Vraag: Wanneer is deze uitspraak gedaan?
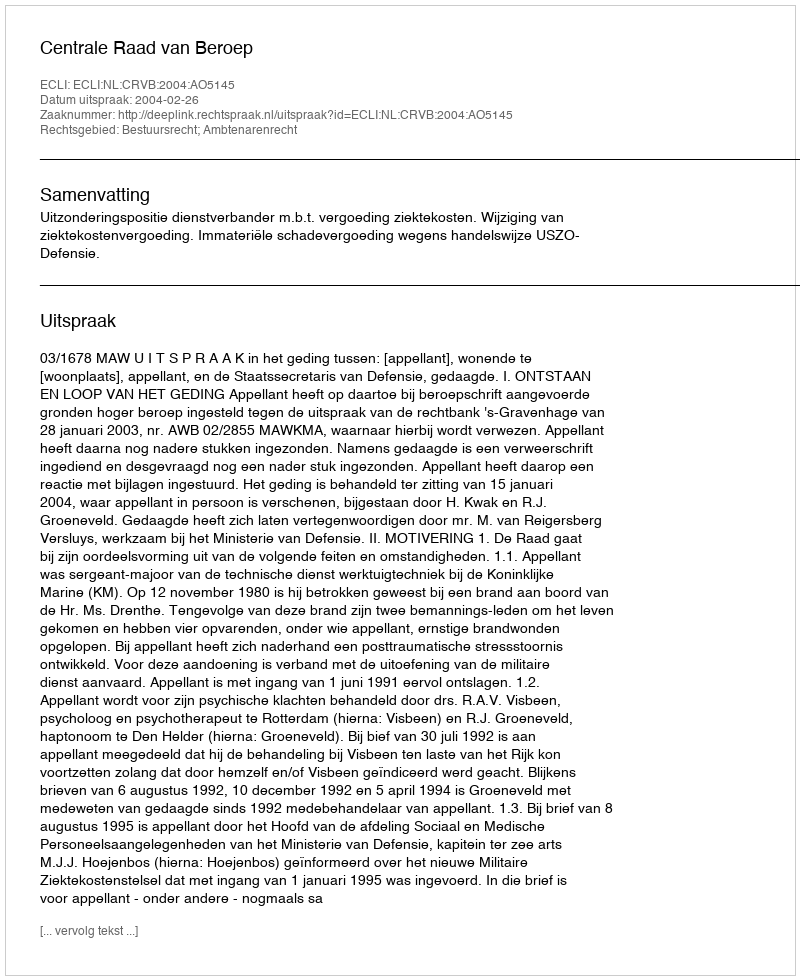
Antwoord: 2004-02-26